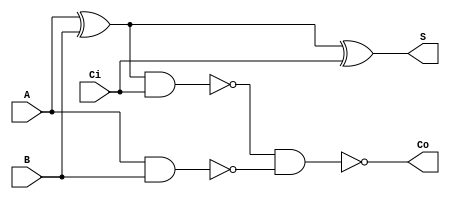
// Full Adder
module full_adder(
  input  A,B, // Input Operands
  input  Ci,  // Carry In
  output S,   // Sum
  output Co); // Carry Out
  
  parameter DLY = 5;    // Gate Delay
  wire xor1,nand1,nand2;// Intermediary nodes

  // Compute Sum
  xor  #DLY G1(xor1,A,B);
  xor  #DLY G2(S,xor1,Ci);
  // Compute Carry Out
  nand #DLY G3(nand1,xor1,Ci);
  nand #DLY G4(nand2,A,B);
  nand #DLY G5(Co,nand1,nand2);
endmodule